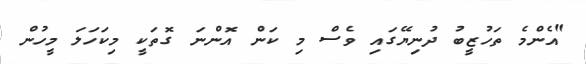
"އެންމެ ތަހުޒީބު ދުނިޔޭގައި ވެސް މި ކަން އޮންނަ ގޮތަކީ މިކަހަލަ މީހުން